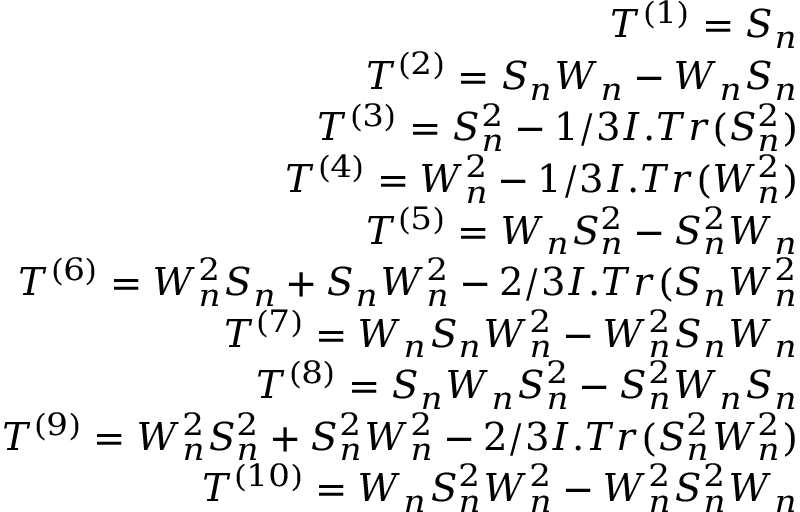
\begin{array} { r } { T ^ { ( 1 ) } = S _ { n } } \\ { T ^ { \left( 2 \right) } = S _ { n } W _ { n } - W _ { n } S _ { n } } \\ { T ^ { \left( 3 \right) } = S _ { n } ^ { 2 } - 1 / 3 I . T r ( S _ { n } ^ { 2 } ) } \\ { T ^ { \left( 4 \right) } = W _ { n } ^ { 2 } - 1 / 3 I . T r ( W _ { n } ^ { 2 } ) } \\ { T ^ { \left( 5 \right) } = W _ { n } S _ { n } ^ { 2 } - S _ { n } ^ { 2 } W _ { n } } \\ { T ^ { \left( 6 \right) } = W _ { n } ^ { 2 } S _ { n } + S _ { n } W _ { n } ^ { 2 } - 2 / 3 I . T r ( S _ { n } W _ { n } ^ { 2 } } \\ { T ^ { \left( 7 \right) } = W _ { n } S _ { n } W _ { n } ^ { 2 } - W _ { n } ^ { 2 } S _ { n } W _ { n } } \\ { T ^ { \left( 8 \right) } = S _ { n } W _ { n } S _ { n } ^ { 2 } - S _ { n } ^ { 2 } W _ { n } S _ { n } } \\ { T ^ { \left( 9 \right) } = W _ { n } ^ { 2 } S _ { n } ^ { 2 } + S _ { n } ^ { 2 } W _ { n } ^ { 2 } - 2 / 3 I . T r ( S _ { n } ^ { 2 } W _ { n } ^ { 2 } ) } \\ { T ^ { ( 1 0 ) } = W _ { n } S _ { n } ^ { 2 } W _ { n } ^ { 2 } - W _ { n } ^ { 2 } S _ { n } ^ { 2 } W _ { n } } \end{array}